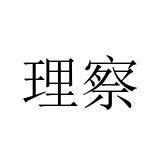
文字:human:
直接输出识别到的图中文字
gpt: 理察